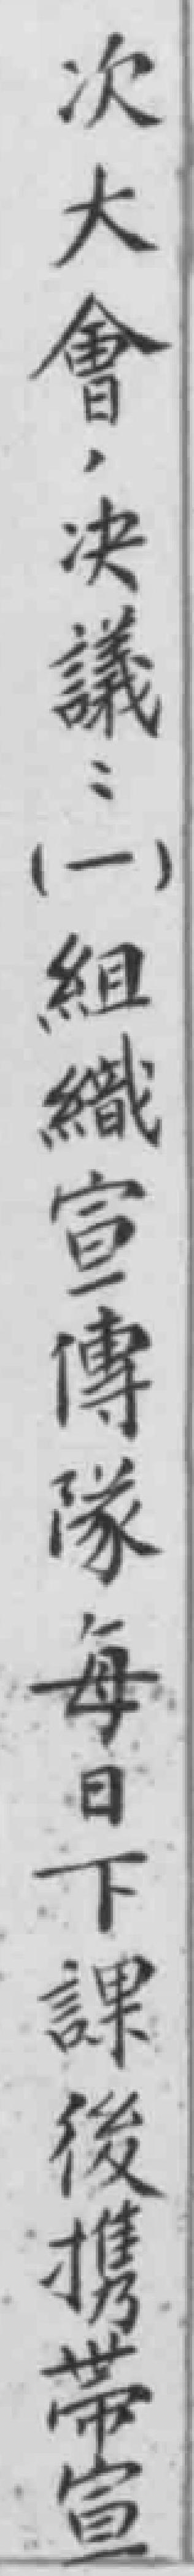
次大會，决議：（一）組織宣傳隊每日下課後攜帶宣